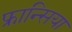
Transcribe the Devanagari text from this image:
फ्रान्सिया